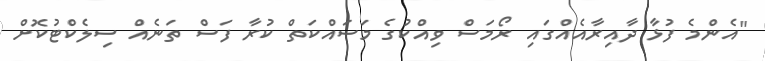
"އެންމެ ފުޅާ ދާއިރާއެއްގައި ރޯމަސް ވިއްކުގެ މަސައްކަތް ކުރާ ފަސް ތަނެއް ސިލެކްޓުކޮށް